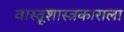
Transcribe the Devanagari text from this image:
वास्तूशास्त्रकाराला